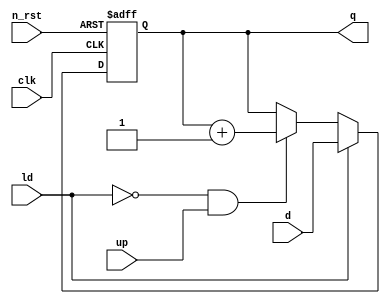
module PC(
    input wire clk,
    input wire n_rst,
    input wire ld,
    input wire up,
    input wire [3:0] d,

    output [3:0] q
);

always @(posedge clk, negedge n_rst) begin
    if (~n_rst)
        q <= 4'd0;
    else if (ld)
        q <= d;
    else if (~ld & up)
        q <= q + 4'd1;
end
endmodule